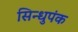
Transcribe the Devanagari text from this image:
सिन्धुपंक